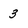
Character: 3